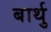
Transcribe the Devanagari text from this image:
बार्थु